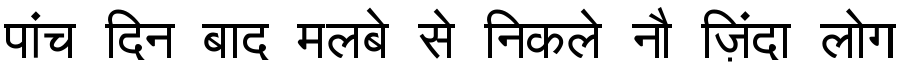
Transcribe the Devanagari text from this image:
पांच दिन बाद मलबे से निकले नौ ज़िंदा लोग